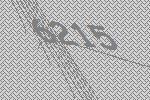
6215